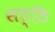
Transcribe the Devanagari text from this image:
सठ्ठि